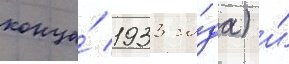
конца́ 1933 го́да) и́